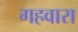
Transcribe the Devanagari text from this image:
गहवारा